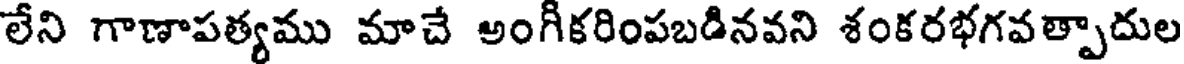
లేని గాణాపత్యము మాచే అంగీకరింపబడినవని శంకరభగవత్పాదుల